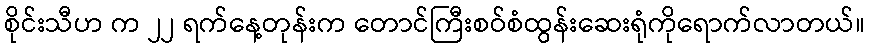
စိုင်းသီဟ က ၂၂ ရက်နေ့တုန်းက တောင်ကြီးစဝ်စံထွန်းဆေးရုံကိုရောက်လာတယ်။